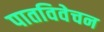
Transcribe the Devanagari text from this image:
पातविवेचन